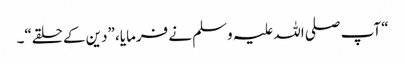
“ آپ صلی اللہ علیہ وسلم نے فرمایا، ”دین کے حلقے“۔